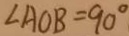
\angle A O B = 9 0 ^ { \circ }